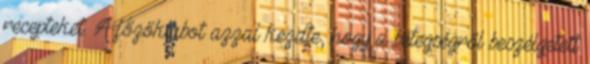
recepteket. A főzőklubot ­azzal kezdte, hogy a betegségről beszélgetett